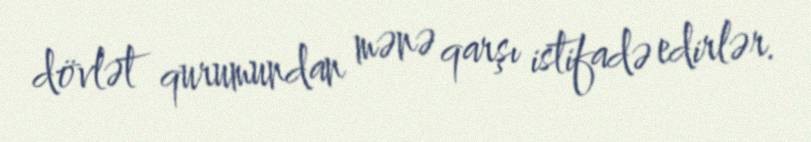
dövlət qurumundan mənə qarşı istifadə edirlər.